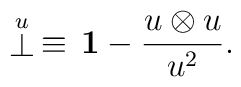
\stackrel{\scriptstyle u}{\bot}\,\equiv\,{\bf 1}-\frac{u\otimes u}{u^2}.